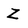
Character: Z